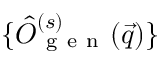
\{ { \hat { O } } _ { \mathrm { ~ g ~ e ~ n ~ } } ^ { ( s ) } ( \vec { q } ) \}